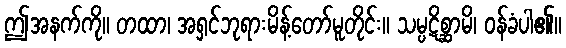
ဤအနက်ကို။ တထာ၊ အရှင်ဘုရားမိန့်တော်မူတိုင်း။ သမ္ပဋိစ္ဆာမိ၊ ဝန်ခံပါ၏။